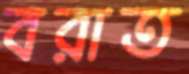
বরাত